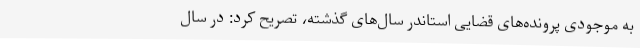
به موجودی پرونده‌های قضایی استاندر سال‌های گذشته، تصریح کرد: در سال